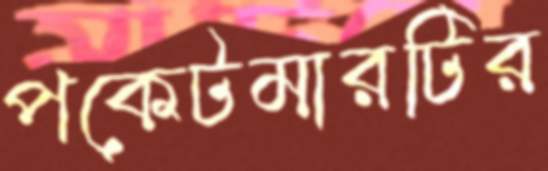
পকেটমারটির